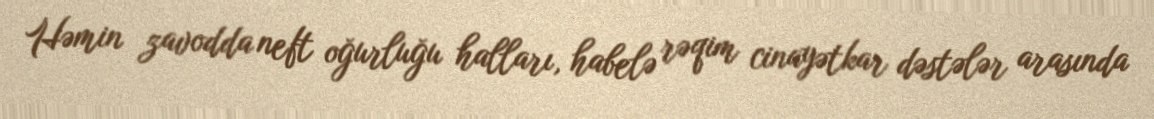
Həmin zavodda neft oğurluğu halları, habelə rəqim cinayətkar dəstələr arasında